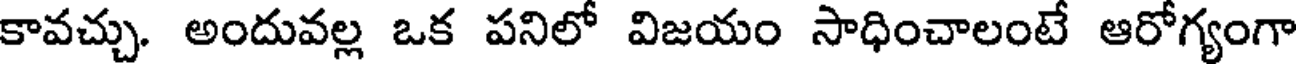
కావచ్చు. అందువల్ల ఒక పనిలో విజయం సాధించాలంటే ఆరోగ్యంగా